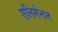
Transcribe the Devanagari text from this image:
एलिमेन्टल